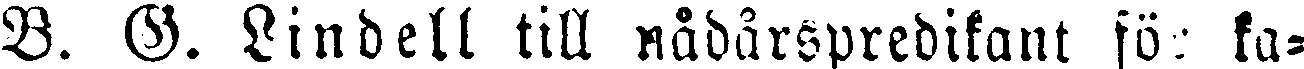
B. G. Lindell till nådårspredikant för ka-